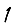
Digit: 1